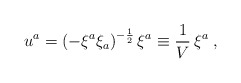
\begin{align*}u^{a}={\left(-\xi^{a}\xi_{a}\right)}^{-{1\over2}}\,\xi^{a}\equiv{1\over V}\,\xi^{a}\;,\end{align*}